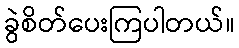
ခွဲစိတ်ပေးကြပါတယ်။